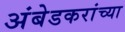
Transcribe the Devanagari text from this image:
अंबेडकरांच्या